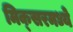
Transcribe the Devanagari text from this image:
मिक्‍सरमध्ये